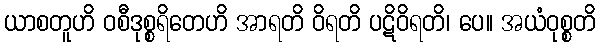
ယာစတူဟိ ဝစီဒုစ္စရိတေဟိ အာရတိ ဝိရတိ ပဋိဝိရတိ၊ ပေ။ အယံဝုစ္စတိ